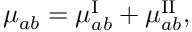
\mu _ { a b } = \mu _ { a b } ^ { \mathrm { I } } + \mu _ { a b } ^ { \mathrm { I I } } ,